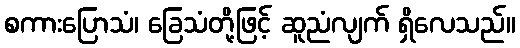
စကားပြောသံ၊ ခြေသံတို့ဖြင့် ဆူညံလျက် ရှိလေသည်။